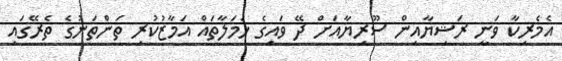
އެމެރިކާ ވަނީ ރަޝިޔާއިން ސޫރިޔާއަށް ދޭ ވައިގެ ހަމަލާތައް އަމާޒުކުރި ތަންތަނުގެ ތެރޭގައި